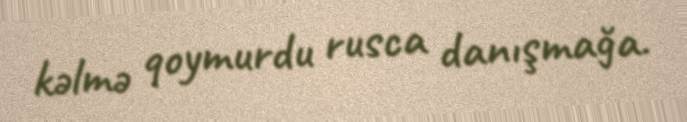
kəlmə qoymurdu rusca danışmağa.